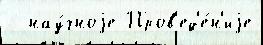
  нау́чноjе Пров'ед'е́н'иjе